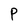
Character: P